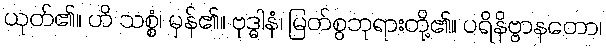
ယုတ်၏။ ဟိ သစ္စံ၊ မှန်၏။ ဗုဒ္ဓါနံ၊ မြတ်စွဘုရားတို့၏။ ပရိနိဗ္ဗာနတော၊